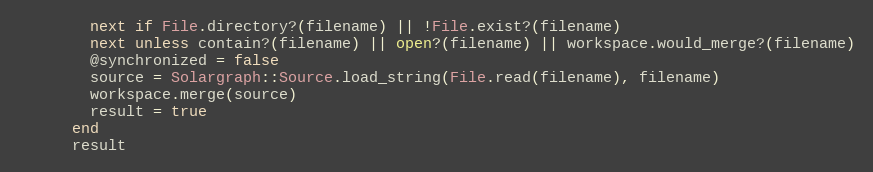
Language: Ruby
        next if File.directory?(filename) || !File.exist?(filename)
        next unless contain?(filename) || open?(filename) || workspace.would_merge?(filename)
        @synchronized = false
        source = Solargraph::Source.load_string(File.read(filename), filename)
        workspace.merge(source)
        result = true
      end
      result